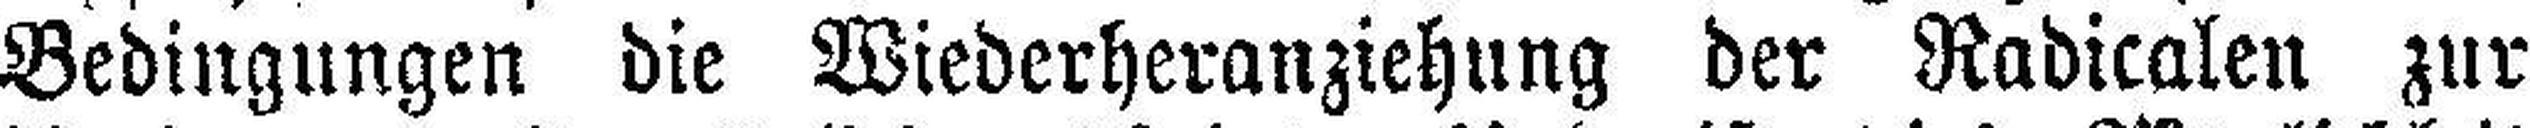
Bedingungen die Wiederheranziehung der Radicalen zur